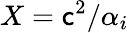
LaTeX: X=\mathsf{c}^{2}/\alpha_{i}